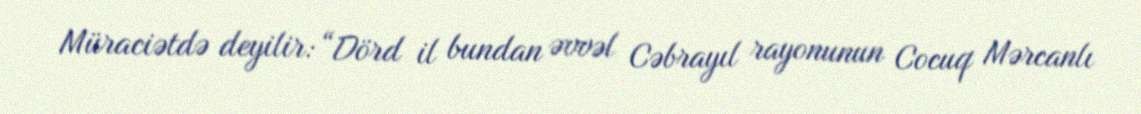
Müraciətdə deyilir: “Dörd il bundan əvvəl Cəbrayıl rayonunun Cocuq Mərcanlı